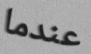
عندما